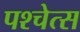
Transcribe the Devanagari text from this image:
पश्चेत्स